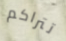
تتراكم